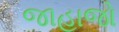
જાહાજો